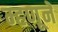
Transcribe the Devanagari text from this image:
म्हणूने